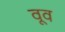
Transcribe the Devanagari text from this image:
वूव